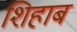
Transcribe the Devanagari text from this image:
शिहाब